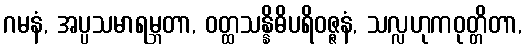
ဂမနံ, အပ္ပသမာရမ္ဘတာ, ဝတ္ထသန္နိဓိပရိဝဇ္ဇနံ, သလ္လဟုကဝုတ္တိတာ,